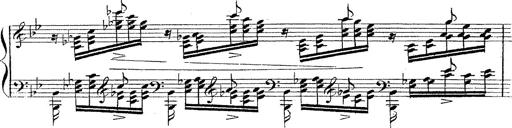
Title: 12 Lieder von Franz Schubert
Composer: Franz Liszt